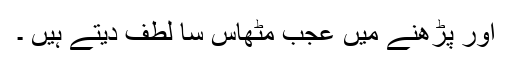
اور پڑھنے میں عجب مٹھاس سا لطف دیتے ہیں ۔